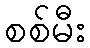
စစ်မီး